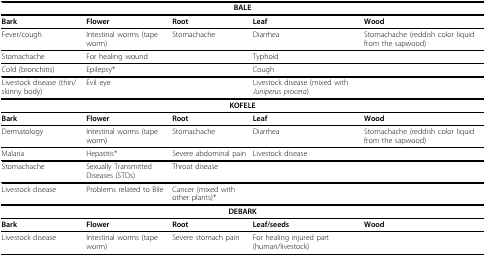
<table><thead><tr><td colspan="5"><b>BALE</b></td></tr></thead><tbody><tr><td><b>Bark</b></td><td><b>Flower</b></td><td><b>Root</b></td><td><b>Leaf</b></td><td><b>Wood</b></td></tr><tr><td>Fever/cough</td><td>Intestinal worms (tape worm)</td><td>Stomachache</td><td>Diarrhea</td><td>Stomachache (reddish color liquid from the sapwood)</td></tr><tr><td>Stomachache</td><td>For healing wound</td><td></td><td>Typhoid</td><td></td></tr><tr><td>Cold (bronchitis)</td><td>Epilepsy*</td><td></td><td>Cough</td><td></td></tr><tr><td>Livestock disease (thin/skinny body)</td><td>Evil eye</td><td></td><td>Livestock disease (mixed with <i>Juniperus procera</i>)</td><td></td></tr><tr><td colspan="5"><b>KOFELE</b></td></tr><tr><td><b>Bark</b></td><td><b>Flower</b></td><td><b>Root</b></td><td><b>Leaf</b></td><td><b>Wood</b></td></tr><tr><td>Dermatology</td><td>Intestinal worms (tape worm)</td><td>Stomachache</td><td>Diarrhea</td><td>Stomachache (reddish color liquid from the sapwood)</td></tr><tr><td>Malaria</td><td>Hepatitis*</td><td>Severe abdominal pain</td><td>Livestock disease</td><td></td></tr><tr><td>Stomachache</td><td>Sexually Transmitted Diseases (STDs)</td><td>Throat disease</td><td></td><td></td></tr><tr><td>Livestock disease</td><td>Problems related to Bile</td><td>Cancer (mixed with other plants)*</td><td></td><td></td></tr><tr><td colspan="5"><b>DEBARK</b></td></tr><tr><td><b>Bark</b></td><td><b>Flower</b></td><td><b>Root</b></td><td><b>Leaf/seeds</b></td><td><b>Wood</b></td></tr><tr><td>Livestock disease</td><td>Intestinal worms (tape worm)</td><td>Severe stomach pain</td><td>For healing injured part (human/livestock)</td><td></td></tr></tbody></table>